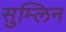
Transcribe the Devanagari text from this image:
सुम्लिन